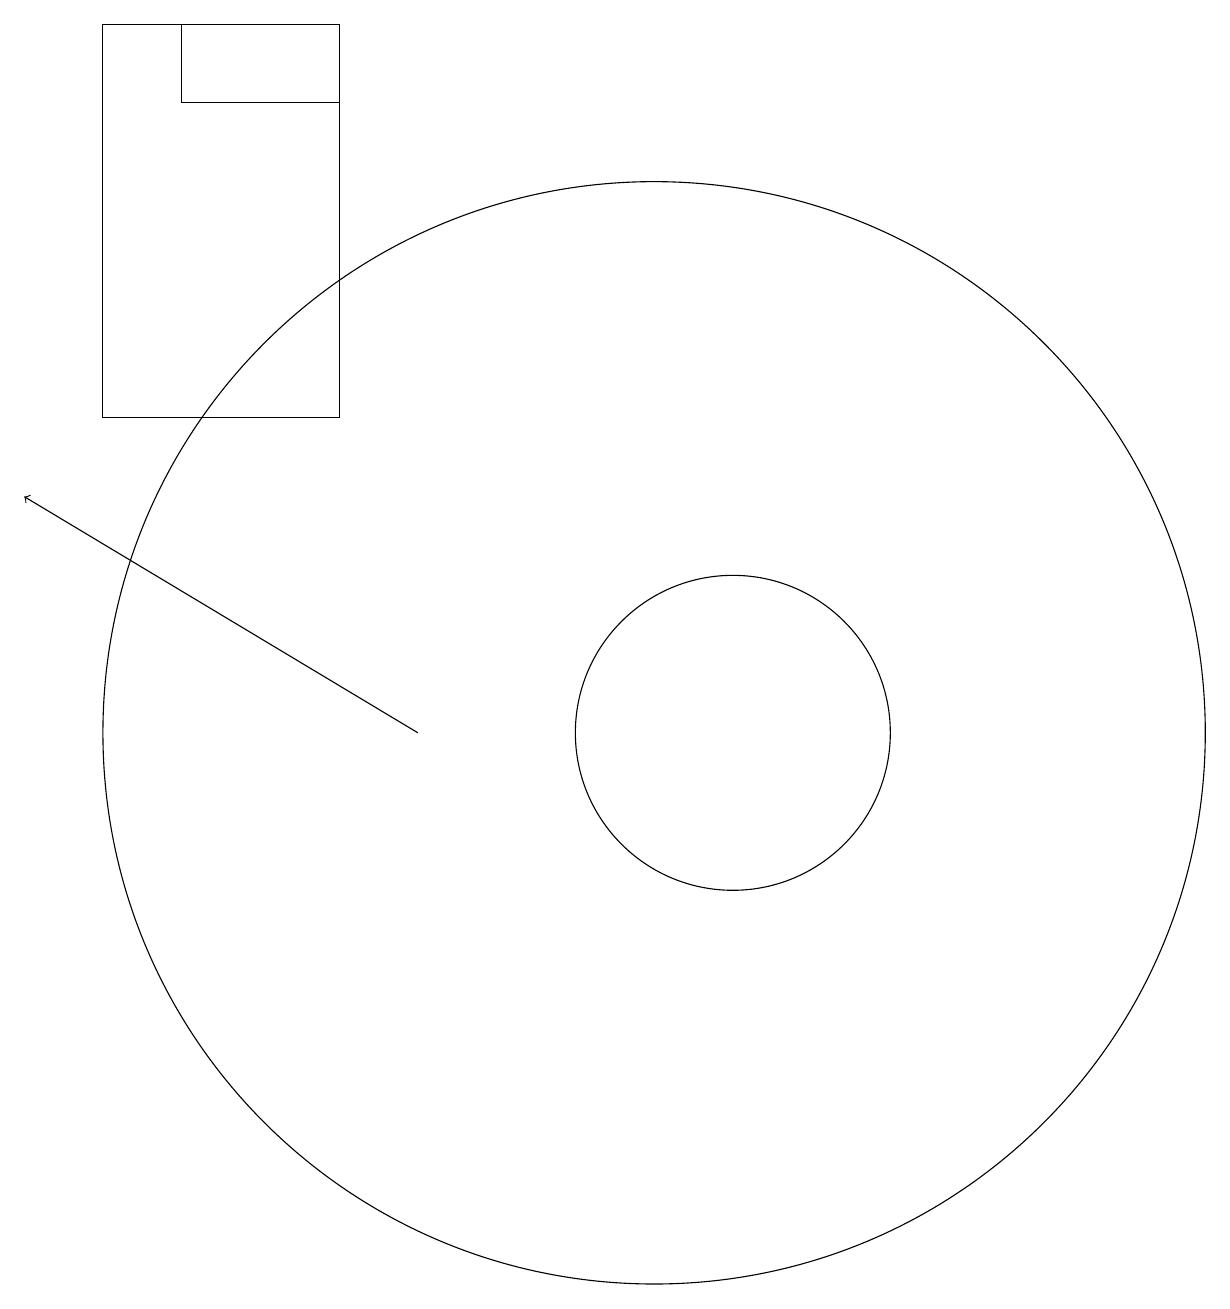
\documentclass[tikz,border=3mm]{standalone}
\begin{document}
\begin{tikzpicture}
\draw (6,19) rectangle (3,14);
\draw (10,10) circle (7);
\draw (11,10) circle (2);
\draw[->] (7,10) -- (2,13);
\draw (4,18) rectangle (6,19);
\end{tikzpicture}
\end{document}